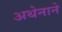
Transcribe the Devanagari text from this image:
अथेनाने